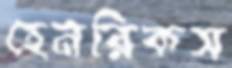
হেনরিকস